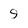
Character: 9